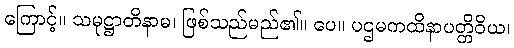
ကြောင့်။ သမုဋ္ဌာတိနာမ၊ ဖြစ်သည်မည်၏။ ပေ။ ပဌမကထိနာပတ္တိဝိယ၊